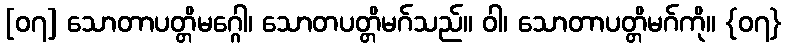
[၀၇] သောတာပတ္တိမဂ္ဂေါ၊ သောတပတ္တိမဂ်သည်။ ဝါ၊ သောတာပတ္တိမဂ်ကို။ {၀၇}